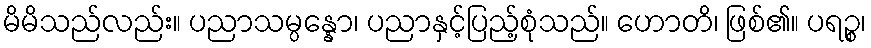
မိမိသည်လည်း။ ပညာသမ္ပန္နော၊ ပညာနှင့်ပြည့်စုံသည်။ ဟောတိ၊ ဖြစ်၏။ ပရဉ္စ၊